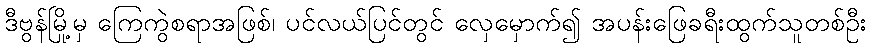
ဒီဗွန်မြို့မှ ကြေကွဲစရာအဖြစ်၊ ပင်လယ်ပြင်တွင် လှေမှောက်၍ အပန်းဖြေခရီးထွက်သူတစ်ဦး